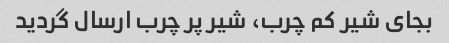
بجای شیر کم چرب، شیر پر چرب ارسال گردید